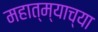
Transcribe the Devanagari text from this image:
महात्म्याच्या